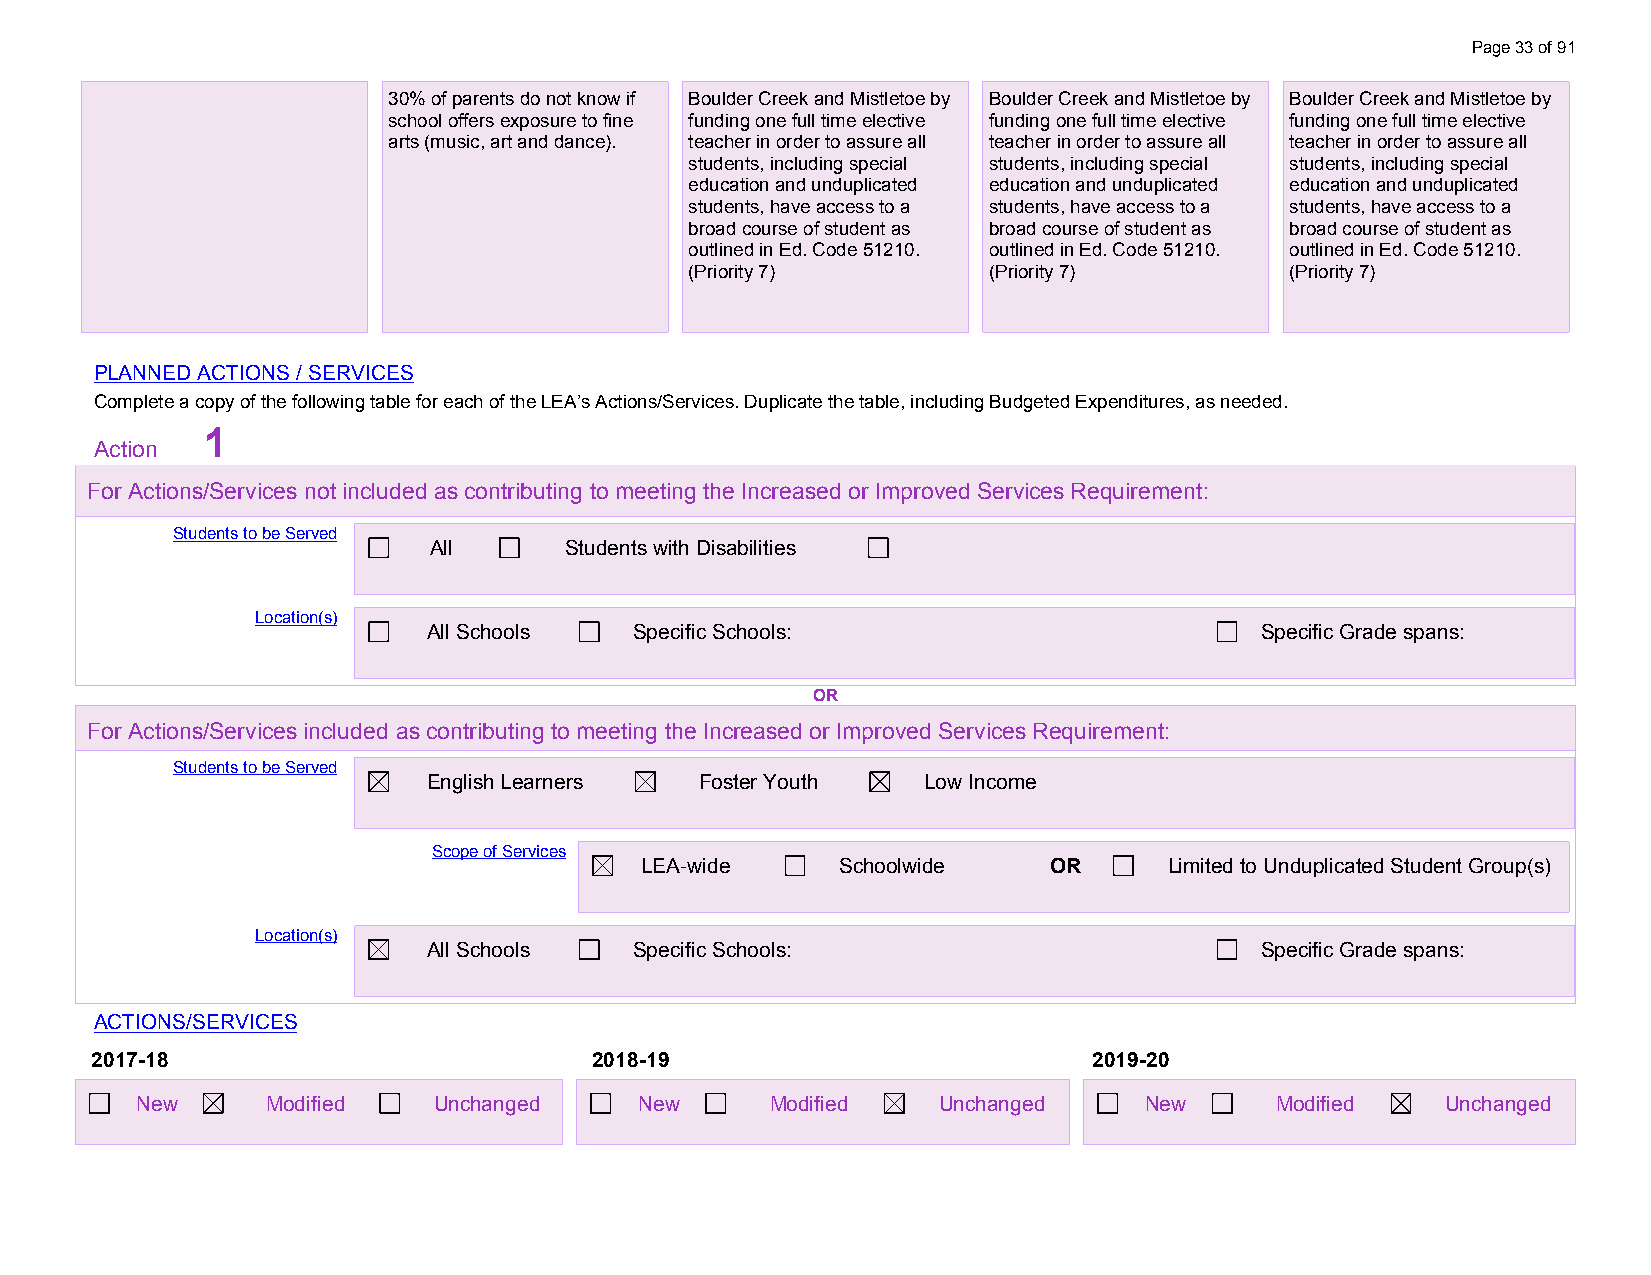
Page 33 of 91
 30% of parents do not know if Boulder Creek and Mistletoe by Boulder Creek and Mistletoe by Boulder Creek and Mistletoe by
 school offers exposure to fine funding one full time elective funding one full time elective funding one full time elective
 arts (music, art and dance). teacher in order to assure all teacher in order to assure all teacher in order to assure all
 students, including special students, including special students, including special
 education and unduplicated education and unduplicated education and unduplicated
 students, have access to a students, have access to a students, have access to a
 broad course of student as broad course of student as broad course of student as
 outlined in Ed. Code 51210. outlined in Ed. Code 51210. outlined in Ed. Code 51210.
 (Priority 7)       (Priority 7)        (Priority 7)
 PLANNED ACTIONS / SERVICES
 Complete a copy of the following table for each of the LEA’s Actions/Services. Duplicate the table, including Budgeted Expenditures, as needed.
 1
 Action
 For Actions/Services not included as contributing to meeting the Increased or Improved Services Requirement:
 Students to be Served
 All      Students with Disabilities
 Location(s)
 All Schools   Specific Schools:                        Specific Grade spans:
 OR
 For Actions/Services included as contributing to meeting the Increased or Improved Services Requirement:
 Students to be Served
 English Learners  Foster Youth   Low Income
 Scope of Services
 LEA-wide      Schoolwide   OR      Limited to Unduplicated Student Group(s)
 Location(s)
 All Schools   Specific Schools:                        Specific Grade spans:
 ACTIONS/SERVICES
 2017-18                          2018-19                          2019-20
 New      Modified   Unchanged    New      Modified   Unchanged     New     Modified    Unchanged